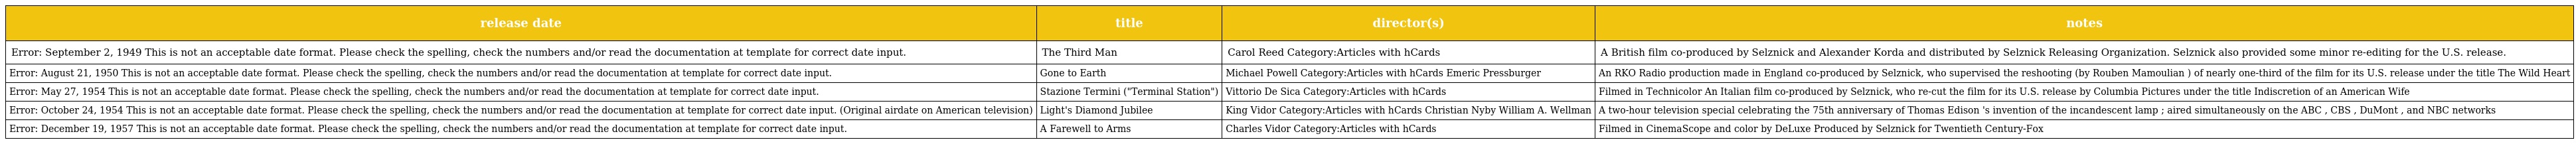
| release date | title | director(s) | notes |
 | --- | --- | --- | --- |
 | Error: September 2, 1949 This is not an acceptable date format. Please check the spelling, check the numbers and/or read the documentation at template for correct date input. | The Third Man | Carol Reed Category:Articles with hCards | A British film co-produced by Selznick and Alexander Korda and distributed by Selznick Releasing Organization. Selznick also provided some minor re-editing for the U.S. release. |
 | Error: August 21, 1950 This is not an acceptable date format. Please check the spelling, check the numbers and/or read the documentation at template for correct date input. | Gone to Earth | Michael Powell Category:Articles with hCards Emeric Pressburger | An RKO Radio production made in England co-produced by Selznick, who supervised the reshooting (by Rouben Mamoulian ) of nearly one-third of the film for its U.S. release under the title The Wild Heart |
 | Error: May 27, 1954 This is not an acceptable date format. Please check the spelling, check the numbers and/or read the documentation at template for correct date input. | Stazione Termini ("Terminal Station") | Vittorio De Sica Category:Articles with hCards | Filmed in Technicolor An Italian film co-produced by Selznick, who re-cut the film for its U.S. release by Columbia Pictures under the title Indiscretion of an American Wife |
 | Error: October 24, 1954 This is not an acceptable date format. Please check the spelling, check the numbers and/or read the documentation at template for correct date input. (Original airdate on American television) | Light's Diamond Jubilee | King Vidor Category:Articles with hCards Christian Nyby William A. Wellman | A two-hour television special celebrating the 75th anniversary of Thomas Edison 's invention of the incandescent lamp ; aired simultaneously on the ABC , CBS , DuMont , and NBC networks |
 | Error: December 19, 1957 This is not an acceptable date format. Please check the spelling, check the numbers and/or read the documentation at template for correct date input. | A Farewell to Arms | Charles Vidor Category:Articles with hCards | Filmed in CinemaScope and color by DeLuxe Produced by Selznick for Twentieth Century-Fox |